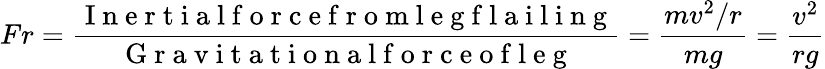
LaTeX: Fr=\frac{\mathrm{~I~n~e~r~t~i~a~l~f~o~r~c~e~f~r~o~m~l~e~g~f~l~a~i~l~i~n~g~}}{\mathrm{~G~r~a~v~i~t~a~t~i~o~n~a~l~f~o~r~c~e~o~f~l~e~g~}}=\frac{mv^{2}/r}{mg}=\frac{v^{2}}{rg}